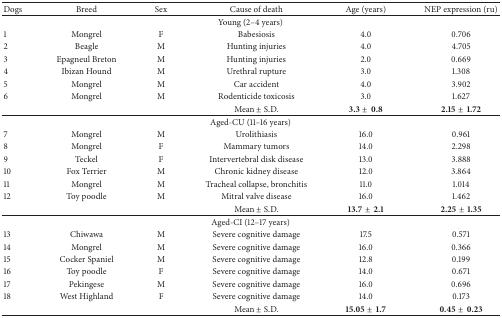
| Dogs | Breed | Sex | Cause of death | Age (years) | NEP expression (ru) |
 | --- | --- | --- | --- | --- | --- |
 | <COLSPAN=6> Young (2–4 years) |
 | 1 | Mongrel | F | Babesiosis | 4.0 | 0.706 |
 | 2 | Beagle | M | Hunting injuries | 4.0 | 4.705 |
 | 3 | Epagneul Breton | M | Hunting injuries | 2.0 | 0.669 |
 | 4 | Ibizan Hound | M | Urethral rupture | 3.0 | 1.308 |
 | 5 | Mongrel | M | Car accident | 4.0 | 3.902 |
 | 6 | Mongrel | M | Rodenticide toxicosis | 3.0 | 1.627 |
 |  |  |  | Mean ± S.D. | 3.3±0.8 | 2.15±1.72 |
 | <COLSPAN=6> Aged-CU (11–16 years) |
 | 7 | Mongrel | M | Urolithiasis | 16.0 | 0.961 |
 | 8 | Mongrel | F | Mammary tumors | 14.0 | 2.298 |
 | 9 | Teckel | F | Intervertebral disk disease | 13.0 | 3.888 |
 | 10 | Fox Terrier | M | Chronic kidney disease | 12.0 | 3.864 |
 | 11 | Mongrel | M | Tracheal collapse, bronchitis | 11.0 | 1.014 |
 | 12 | Toy poodle | M | Mitral valve disease | 16.0 | 1.462 |
 |  |  |  | Mean ± S.D. | 13.7±2.1 | 2.25±1.35 |
 | <COLSPAN=6> Aged-CI (12–17 years) |
 | 13 | Chiwawa | M | Severe cognitive damage | 17.5 | 0.571 |
 | 14 | Mongrel | M | Severe cognitive damage | 16.0 | 0.366 |
 | 15 | Cocker Spaniel | M | Severe cognitive damage | 12.8 | 0.199 |
 | 16 | Toy poodle | F | Severe cognitive damage | 14.0 | 0.671 |
 | 17 | Pekingese | M | Severe cognitive damage | 16.0 | 0.696 |
 | 18 | West Highland | F | Severe cognitive damage | 14.0 | 0.173 |
 |  |  |  | Mean ± S.D. | 15.05±1.7 | 0.45±0.23 |